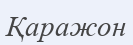
Қаражон